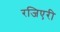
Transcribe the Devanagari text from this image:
रजिएरी